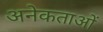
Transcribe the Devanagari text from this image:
अनेकताओं